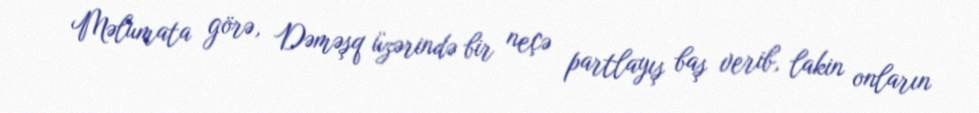
Məlumata görə, Dəməşq üzərində bir neçə partlayış baş verib, lakin onların